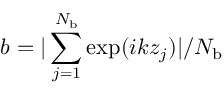
b = | \sum _ { j = 1 } ^ { N _ { \mathrm { b } } } \mathrm { e x p } ( i k z _ { j } ) | / N _ { \mathrm { b } }